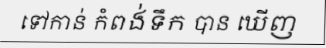
ទៅកាន់ កំពង់ទឹក បាន ឃើញ